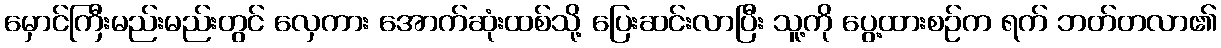
မှောင်ကြီးမည်းမည်းတွင် လှေကား အောက်ဆုံးထစ်သို့ ပြေးဆင်းလာပြီး သူ့ကို ပွေ့ထားစဉ်က ရက် ဘတ်တလာ၏